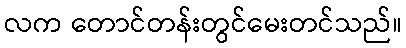
လက တောင်တန်းတွင်မေးတင်သည်။